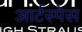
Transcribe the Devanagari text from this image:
आर्टस्पेस